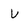
Character: U